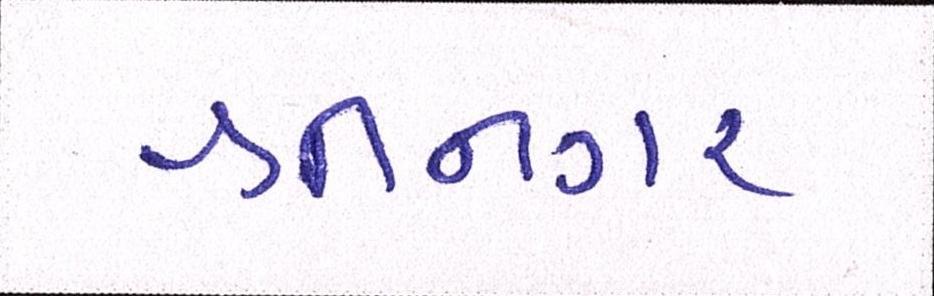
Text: શ્રીનગર